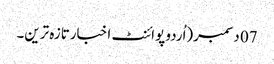
07 دسمبر(اُردو پوائنٹ اخبارتازہ ترین۔